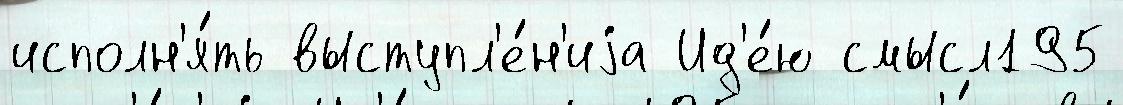
исполн'я́ть выступл'е́н'иjа Ид'е́ю смысл195